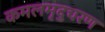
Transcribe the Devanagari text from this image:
कमलमृदुचरण